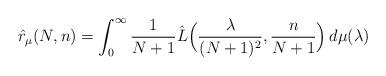
LaTeX: \begin{align*}\hat{r}_{\mu}(N,n) = \int_0^{\infty} \frac{1}{N+1} \hat{L} \Big( \frac{\lambda}{(N+1)^2}, \frac{n}{N+1} \Big) \, d\mu(\lambda) \end{align*}